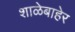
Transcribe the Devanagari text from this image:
शाळेबाहेर